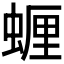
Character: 𮔠